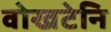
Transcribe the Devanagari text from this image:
वोखटेनि